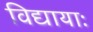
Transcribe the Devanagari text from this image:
विद्यायाः